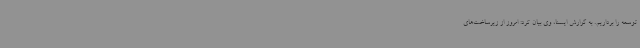
توسعه را برداریم. به گزارش ایسنا، وی بیان کرد: امروز از زیرساخت‌های